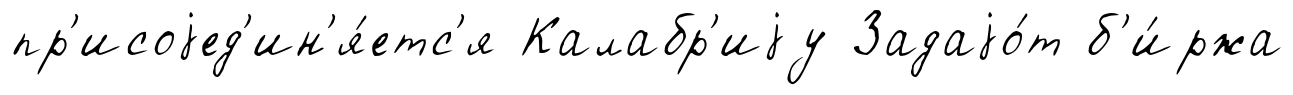
пр'исоjед'ин'я́етс'я Калабр'иjу Задаjо́т б'и́ржа